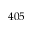
4 0 5